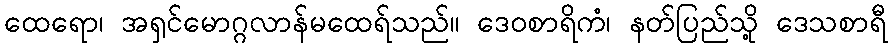
ထေရော၊ အရှင်မောဂ္ဂလာန်မထေရ်သည်။ ဒေဝစာရိကံ၊ နတ်ပြည်သို့ ဒေသစာရီ